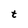
Character: t